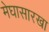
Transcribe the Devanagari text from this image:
मेघासारखा